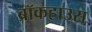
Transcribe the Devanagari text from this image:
ब्रॉकहाउस